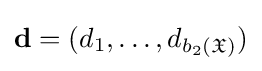
\mathbf {d} =(d_{1},\dots ,d_{b_{2}({\mathfrak {X}})})